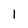
Character: I